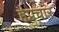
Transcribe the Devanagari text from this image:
हैप्रचार